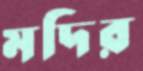
মদির